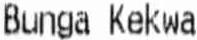
BUNGA KEKWA